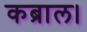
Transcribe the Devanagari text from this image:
कब्राल।